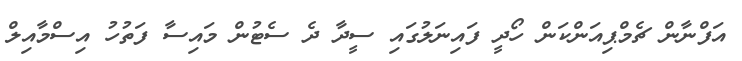
އަފްނާން ޗެމްޕިއަންކަން ހޯދީ ފައިނަލުގައި ސީދާ ދެ ސެޓުން މައިސާ ފަތުހު އިސްމާއިލް